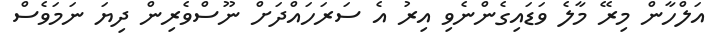
އަލްހާން މިރޭ މާލެ ވަޑައިގެންނެވި އިރު އެ ސަރަހައްދަށް ނޫސްވެެރިން ދިޔަ ނަމަވެސް